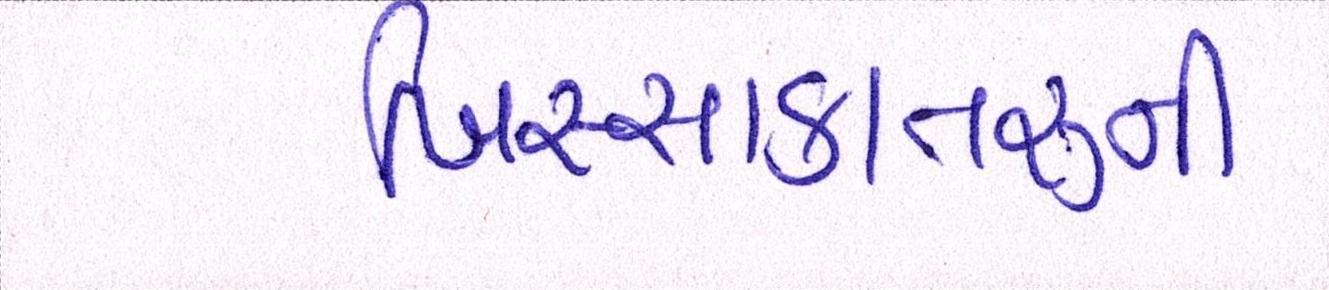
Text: ખિસ્સાકાતરુની